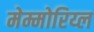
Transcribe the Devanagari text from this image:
मेम्मोरिय्ल